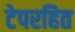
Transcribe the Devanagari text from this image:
टेपरहित